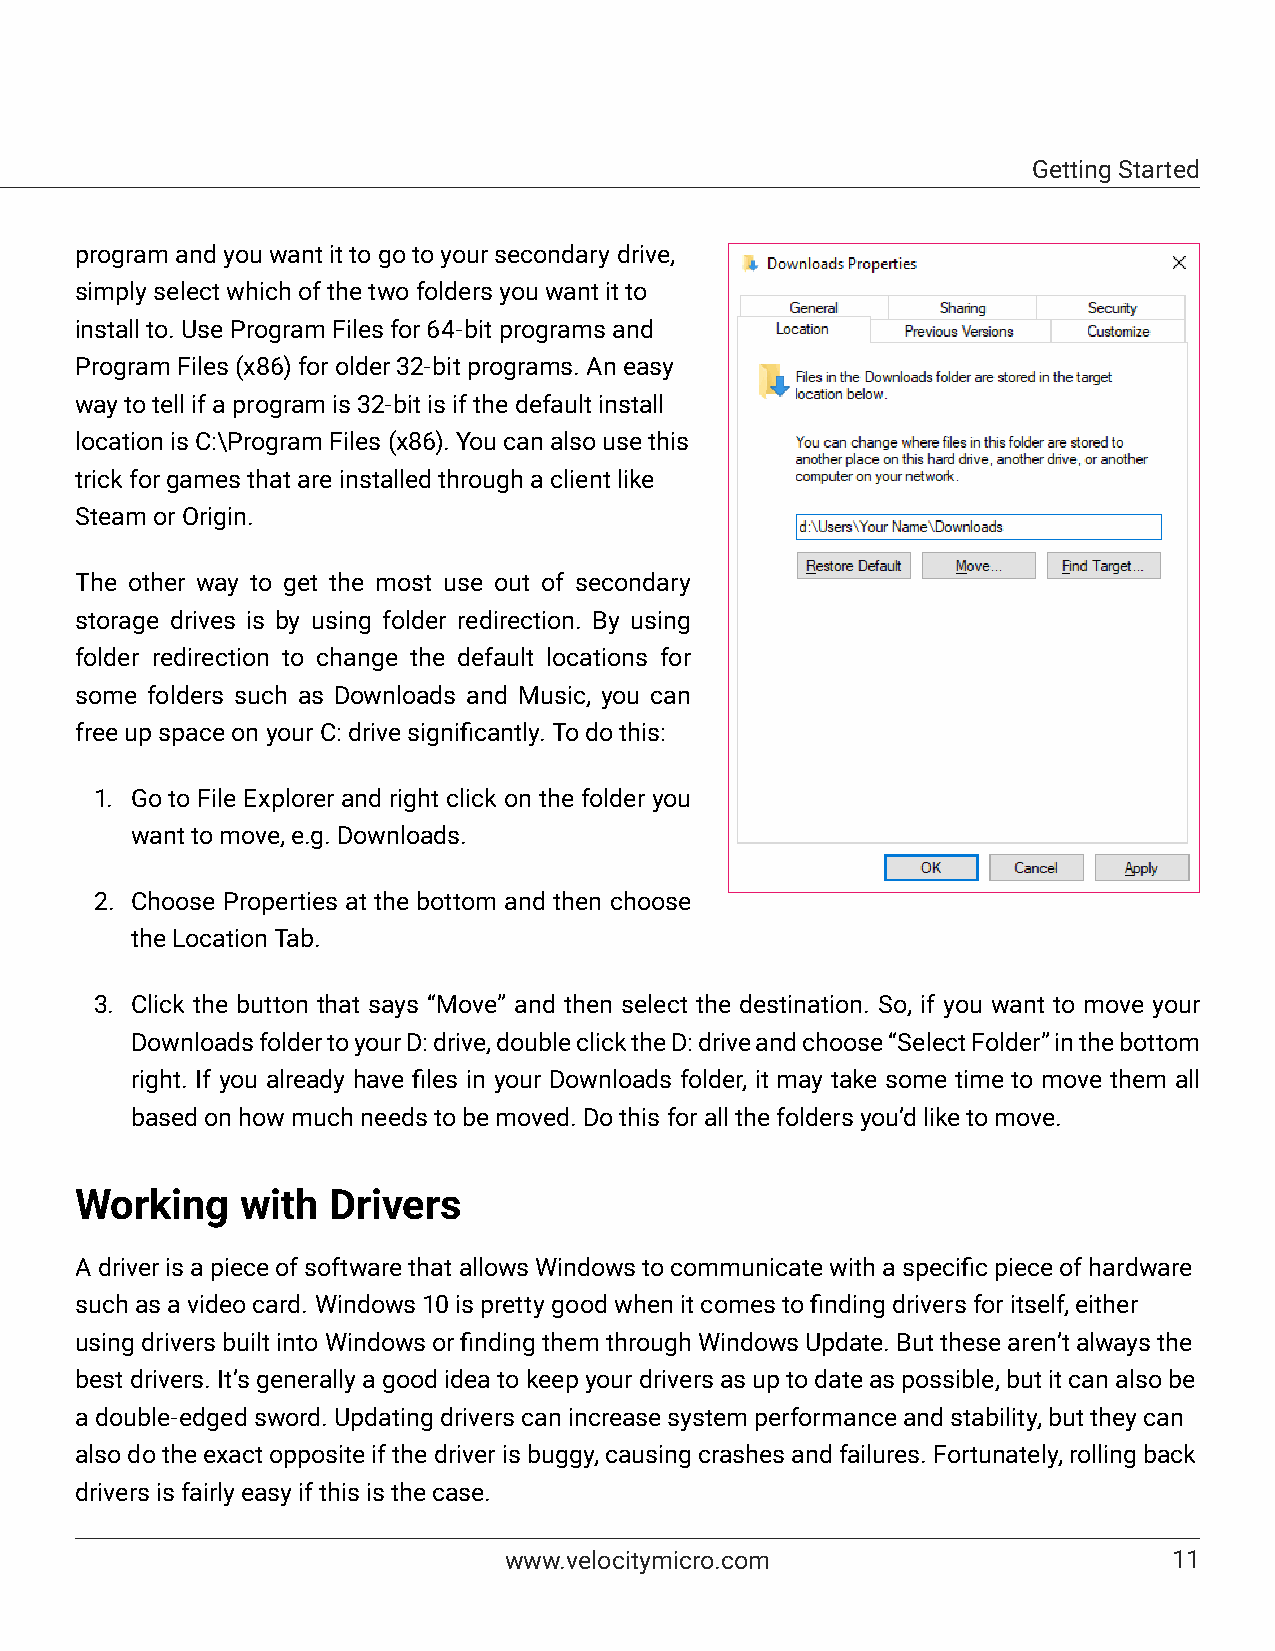
Getting Started
 program and you want it to go to your secondary drive,
 simply select which of the two folders you want it to
 install to. Use Program Files for 64-bit programs and
 Program Files (x86) for older 32-bit programs. An easy
 way to tell if a program is 32-bit is if the default install
 location is C:\Program Files (x86). You can also use this
 trick for games that are installed through a client like
 Steam or Origin.
 The other way to get the most use out of secondary
 storage drives is by using folder redirection. By using
 folder redirection to change the default locations for
 some folders such as Downloads and Music, you can
 free up space on your C: drive significantly. To do this:
 1. Go to File Explorer and right click on the folder you
 want to move, e.g. Downloads.
 2. Choose Properties at the bottom and then choose
 the Location Tab.
 3. Click the button that says “Move” and then select the destination. So, if you want to move your
 Downloads folder to your D: drive, double click the D: drive and choose “Select Folder” in the bottom
 right. If you already have files in your Downloads folder, it may take some time to move them all
 based on how much needs to be moved. Do this for all the folders you’d like to move.
 Working    with  Drivers
 A driver is a piece of software that allows Windows to communicate with a specific piece of hardware
 such as a video card. Windows 10 is pretty good when it comes to finding drivers for itself, either
 using drivers built into Windows or finding them through Windows Update. But these aren’t always the
 best drivers. It’s generally a good idea to keep your drivers as up to date as possible, but it can also be
 a double-edged sword. Updating drivers can increase system performance and stability, but they can
 also do the exact opposite if the driver is buggy, causing crashes and failures. Fortunately, rolling back
 drivers is fairly easy if this is the case.
 www.velocitymicro.com                        11